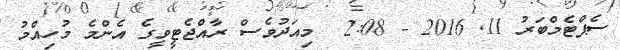
ސެޕްޓެމްބަރު 11